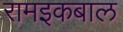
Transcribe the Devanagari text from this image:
रामइकबाल